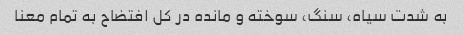
به شدت سیاه، سنگ، سوخته و مانده در کل افتضاح به تمام معنا